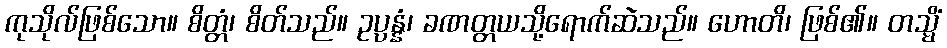
ကုသိုလ်ဖြစ်သော။ စိတ္တံ၊ စိတ်သည်။ ဥပ္ပန္နံ၊ ခဏတ္တယသို့ရောက်ဆဲသည်။ ဟောတိ၊ ဖြစ်၏။ တသ္မိံ